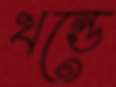
খন্ডে